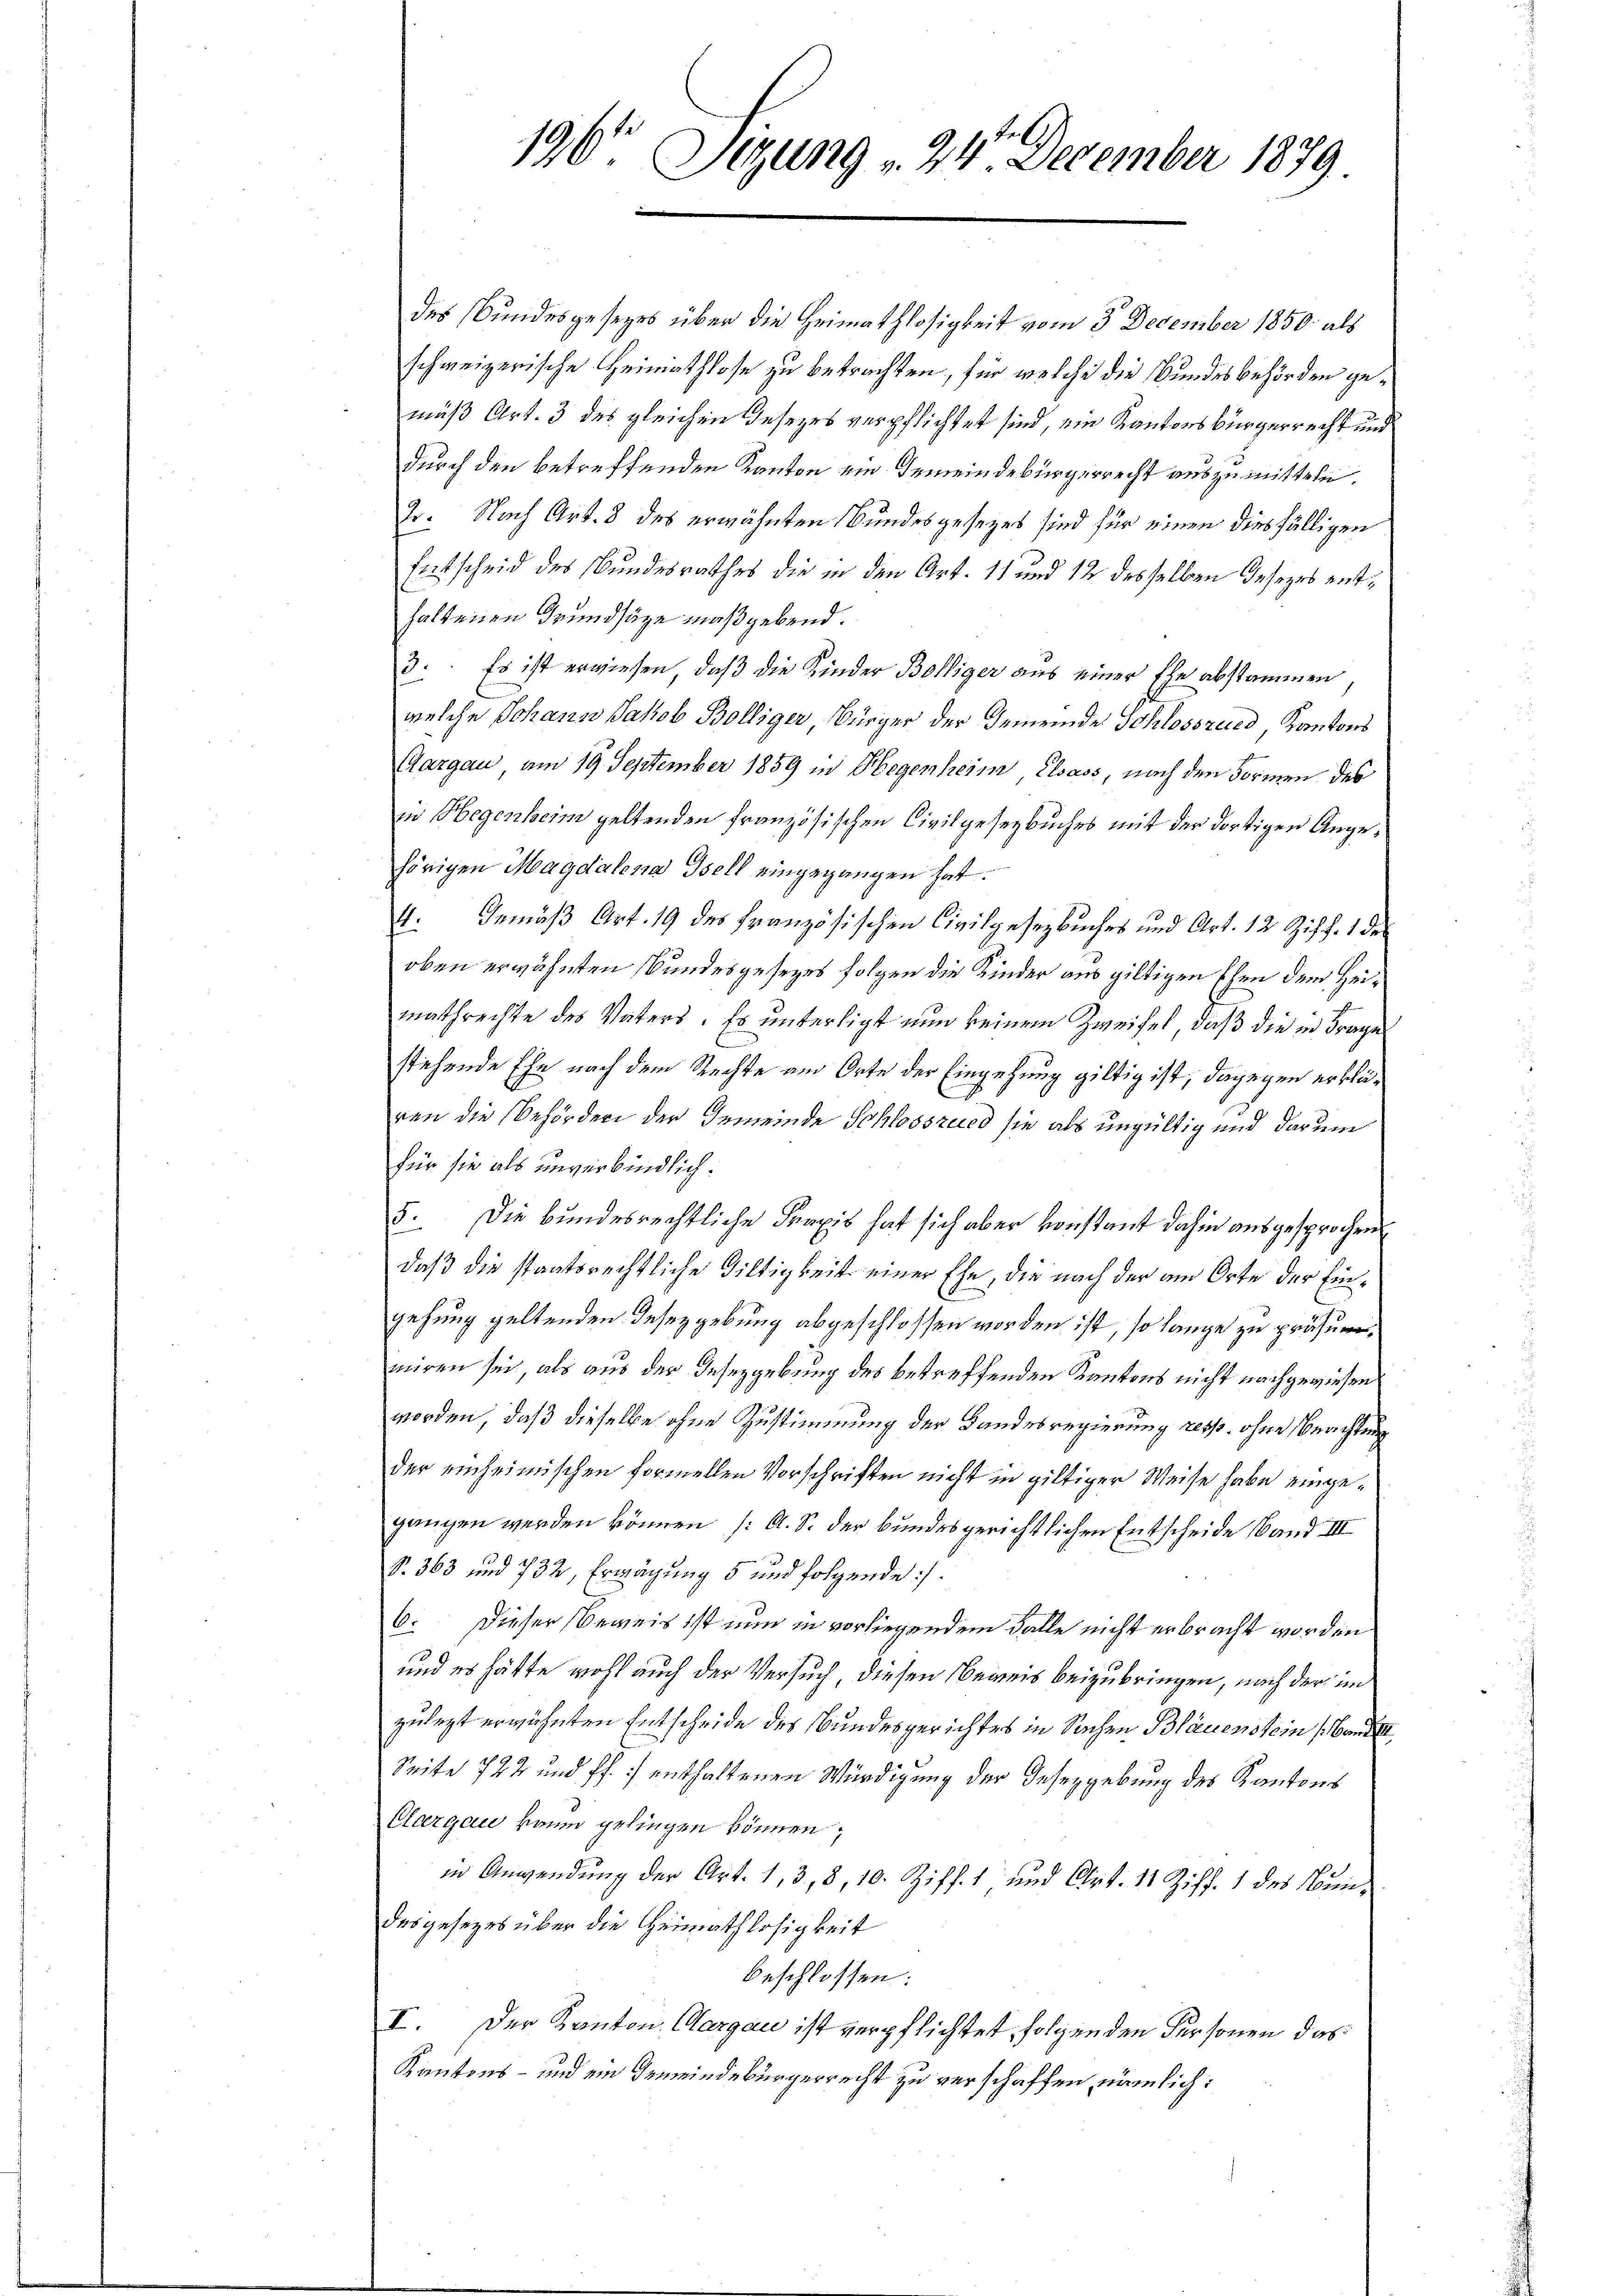
196 Setzung v. 24. December 1879

des Bundesgesezes über die Heimathlosigkeit vom 3. December 1850. als
schweizerische Heimathlose zu betrachten, für welche die Bundesbehörden gemäß Art. 3 des gleichen Gesezes verpflichtet sind, ein Kantonsbürgerrecht und
durch den betreffenden Kanton ein Gemeindebürgerrecht auszumitteln.
2. Nach Art. 8 des erwähnten Bundesgesezes sind für einen diesfälligen
Entscheid des Bundesrathes die in den Art. 11 und 12 desselben Jesezes enthaltenen Grundsäge maßgebend.
3. Es ist erwiesen, daß die Kinder Bolliger aus einer Ehe abstammen,
welche Johann Jakob Bölliger Bürger der Gemeinde Schlosszued, Kantons
Aargau, am 19. September 1859 in Hegenheim Elsass, nach den Formen des
in Hegenheim geltenden französischen Civilgesezbuches mit der dortigen Angehörigen Magdalena Tell eingegangen hat.
4: Gemäß Art. 19 des Französischen Civilgesezbuches und Art. 12 Ziff. 1 de
oben erwähnten Bundesgesezes folgen die Kinder aus giltigen Ehen dem Heimathrechte des Vaters. Es unterligt nun keinem Zweifel, daß die in Frage
stehende Ehe nach dem Rechte am Orte der Eingehung giltig ist, dagegen erklä¬
C
ren die Behörden der Gemeinde Schlossried sie als ungültig und darum
für sie als unverbindlich.
5. Die bundesrechtliche Praxis hat sich aber vorstant dahin ausgesprochen
daß die staatsrechtliche Giltigkeit einer Ehe, die nach der am Orte der Eingehung geltenden Deseygebung abgeschlossen worden ist, so lange zu präsummiren sei, als aus der Insezgebung des betreffenden Kantons nicht nachgewiesen
worden, daß dieselbe ohne Zustimmung der Bandesregierung resp. ohne Beachtung
der einheimischen formellen Vorschriften nicht in giltiger Weise habe eingegangen werden können (A. S. der bundesgerichtlichen Entscheide Band. III
No. 363 und 732, Erwägung 5 und folgende :/
6. Dieser Beweis ist nun in vorliegendem Falle nicht erbracht worden
und es hätte wohl auch der Versuch, diesen Beweis beizubringen, nach der im
zulegt erwähnten Entscheide des Bundesgerichtes in Sachen Bläuenstein Bandel
Seite 722 und Pf. : enthaltenen Würdigung der Gesezgebung des Kantons
Clargau kaum gelingen können,
in Anwendung der Art. 1, 3, 8, 10. Ziff. 1 und Art. 11 Ziff. 1 des Bundesgesezes über die Heimathlosigkeit
beschlossen:
I. Der Kanton Aargau ist verpflichtet, folgenden Personen das
Kantons- und ein Gemeindebürgerrecht zu verschaffen, nämlich: